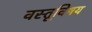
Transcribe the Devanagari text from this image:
वस्तूविषय